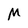
Character: M